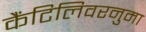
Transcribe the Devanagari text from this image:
कैंटिलिवरनुमा